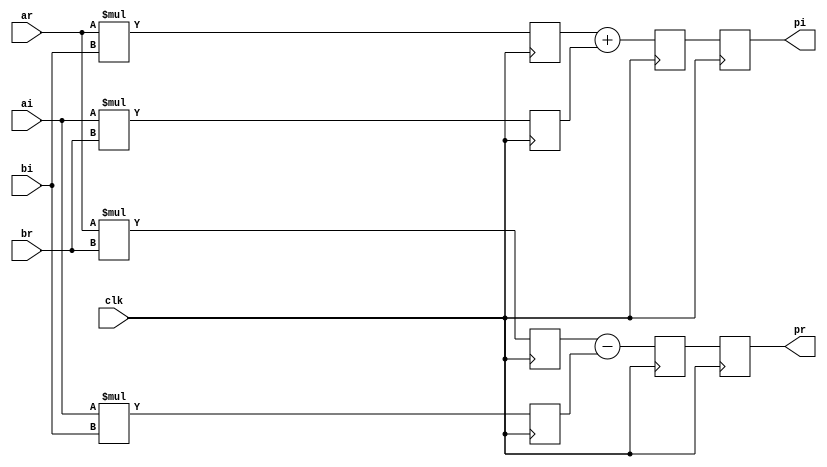
`timescale 1ns / 1ps

module part3 (
    input clk,
    input signed [31:0] ar, ai, br, bi,
    output reg signed [63:0] pr, pi
);


reg signed [63:0] arbr, aibi, arbi, aibr;
reg signed [63:0] pr_temp, pi_temp;

always @(posedge clk) begin
    arbr <= ar * br;  // a*c
    aibi <= ai * bi;  // b*d
    arbi <= ar * bi;  // a*d
    aibr <= ai * br;  // b*c
end

always @(posedge clk) begin
    pr_temp <= arbr - aibi;  // (ac - bd)
    pi_temp <= arbi + aibr;  // (ad + bc)
end

always @(posedge clk) begin
    pr <= pr_temp;
    pi <= pi_temp;
end

endmodule